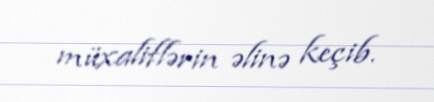
müxaliflərin əlinə keçib.